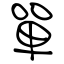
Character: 單